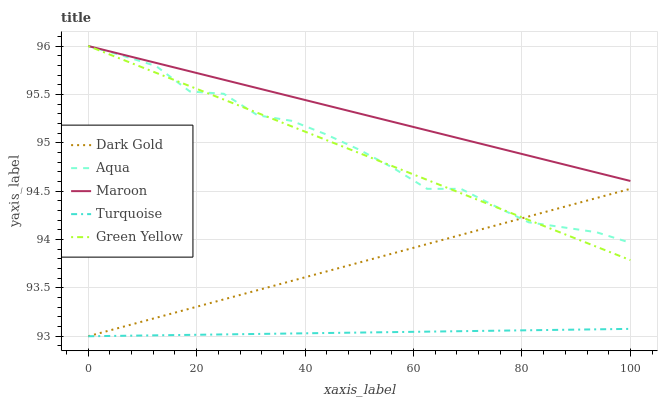
| xaxis_label | Dark Gold | Aqua | Maroon | Turquoise | Green Yellow |
 | --- | --- | --- | --- | --- | --- |
 | 0 | 93 | 96 | 96 | 93 | 96 |
 | 6.25 | 93.1 | 95.9 | 95.9 | 93 | 95.9 |
 | 12.5 | 93.2 | 95.8 | 95.8 | 93 | 95.7 |
 | 18.8 | 93.3 | 95.5 | 95.7 | 93 | 95.6 |
 | 25 | 93.4 | 95.5 | 95.7 | 93 | 95.4 |
 | 31.2 | 93.5 | 95.3 | 95.6 | 93 | 95.3 |
 | 37.5 | 93.6 | 95.2 | 95.5 | 93 | 95.2 |
 | 43.8 | 93.7 | 95.1 | 95.4 | 93 | 95 |
 | 50 | 93.8 | 94.9 | 95.3 | 93 | 94.9 |
 | 56.2 | 93.9 | 94.7 | 95.2 | 93 | 94.8 |
 | 62.5 | 94 | 94.5 | 95.1 | 93 | 94.6 |
 | 68.8 | 94 | 94.5 | 95 | 93.1 | 94.5 |
 | 75 | 94.1 | 94.3 | 95 | 93.1 | 94.3 |
 | 81.2 | 94.2 | 94.2 | 94.9 | 93.1 | 94.2 |
 | 87.5 | 94.3 | 94.1 | 94.8 | 93.1 | 94.1 |
 | 93.8 | 94.4 | 94.1 | 94.7 | 93.1 | 93.9 |
 | 100 | 94.5 | 94 | 94.6 | 93.1 | 93.8 |